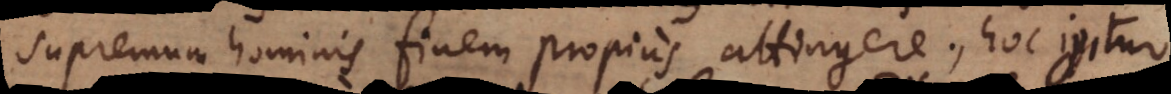
supremum hominis finem propius attingere; hoc igitur